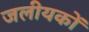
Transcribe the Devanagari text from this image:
जलीयकों